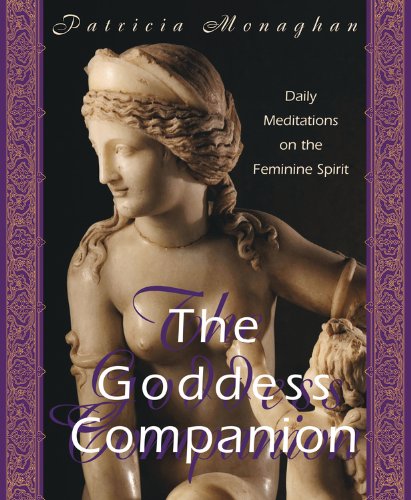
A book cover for Goddess Companion: Daily Meditations on the Feminine Spirit; Patricia Monaghan; Religion & Spirituality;